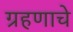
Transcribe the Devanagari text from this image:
ग्रहणाचे